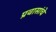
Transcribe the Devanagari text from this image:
प्रवासांचे